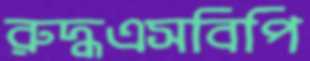
রুদ্ধএসবিপি